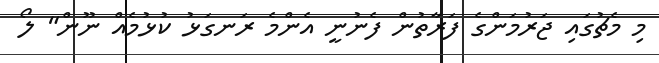
މި މެޗުގައި ޖަރުމަންގެ ފަރާތުން ފެނުނީ އެންމެ ރަނގަޅު ކުޅުމެއް ނޫން" ލޯ